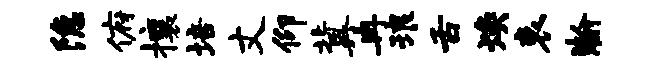
隐俯攘培丈仰冀冉琅舌焕哀瀚